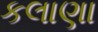
કલાણા